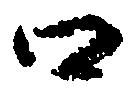
口